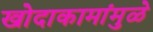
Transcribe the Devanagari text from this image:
खोदाकामांमुळे